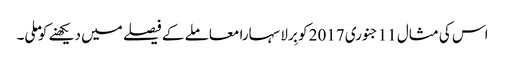
اس کی مثال 11جنوری 2017 کو بِرلا سہارا معاملے کے فیصلے میں دیکھنے کو ملی۔